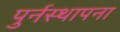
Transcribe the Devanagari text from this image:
पुर्नस्‍थापना